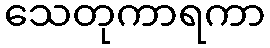
သေတုကာရကာ